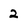
Character: 2